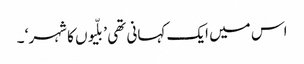
اس میں ایک کہانی تھی ’بلّیوں کا شہر‘ ۔